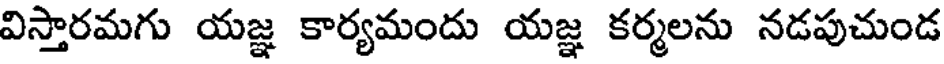
విస్తారమగు యజ్ఞ కార్యమందు యజ్ఞ కర్మలను నడపుచుండ